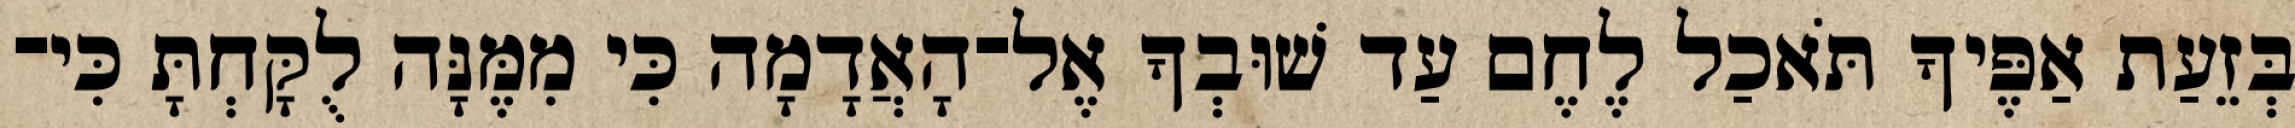
בְּזֵעַת אַפֶּיךָ תֹּאכַל לֶחֶם עַד שׁוּבְךָ אֶל־הָאֲדָמָה כִּי מִמֶּנָּה לֻקָּחְתָּ כִּי־